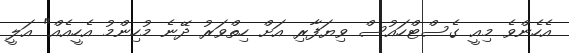
އެހެންވެ މިއީ ގެސްޓްހައުސް ވިޔަފާރި އަށް ހިތްވަރު ދޭނެ މުހިންމު އެހީއެއް" އަލީ